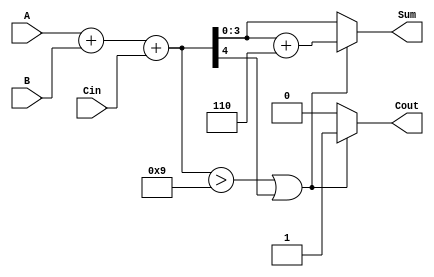
module BCD_Fast_Adder (
    input  wire [3:0] A,     // First BCD digit
    input  wire [3:0] B,     // Second BCD digit
    input  wire Cin,         // Carry-in
    output reg  [3:0] Sum,   // Resulting BCD digit (sum)
    output reg  Cout         // Carry-out
);

    wire [4:0] binary_sum;   // 5-bit to accommodate carry
    wire adjust;             // Adjustment signal

    // Step 1: Binary addition of A, B, and Cin
    assign binary_sum = A + B + Cin;

    // Step 2: Check for BCD correction
    assign adjust = (binary_sum > 9) || (binary_sum[4]); // Check if sum > 9 or carry out

    // Step 3: BCD adjustment
    always @(*) begin
        if (adjust) begin
            Sum = binary_sum[3:0] + 4'b0110; // Add 6 to adjust
            Cout = 1;                        // Set carry out
        end else begin
            Sum = binary_sum[3:0];           // No adjustment needed
            Cout = 0;                        // No carry out
        end
    end

endmodule